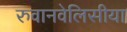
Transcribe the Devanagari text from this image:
रुवानवेलिसीया